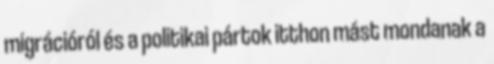
migrációról és a politikai pártok itthon mást mondanak a